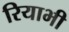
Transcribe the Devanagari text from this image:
रियाभी